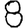
Digit: 8